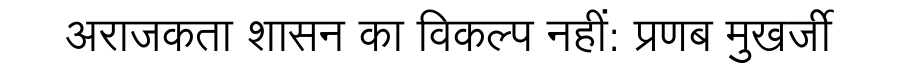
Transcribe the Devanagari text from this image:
अराजकता शासन का विकल्प नहीं: प्रणब मुखर्जी